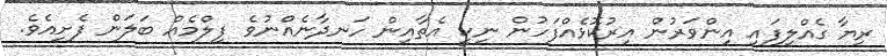
ރިޔާ ގެއްލިފައި އިންވަރުން އިރުކޮޅެއްފަހުން ނިކީ އެތާއިން ހަނދާނެއްނުވެ ފިލްމެއް ބަލަން ފެށިއެވެ.